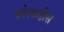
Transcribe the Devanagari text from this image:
कोरफडीस